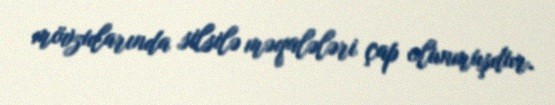
mövzularında silsilə məqalələri çap olunmuşdur.